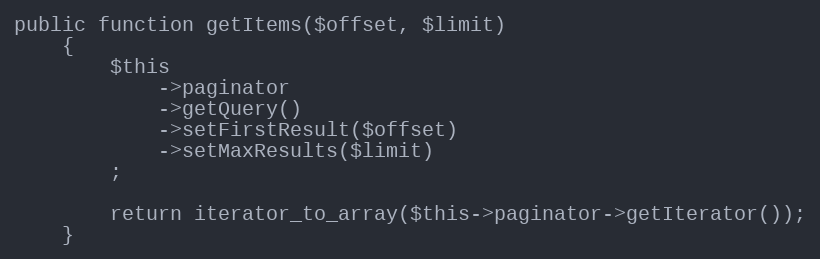
Language: PHP
public function getItems($offset, $limit)
    {
        $this
            ->paginator
            ->getQuery()
            ->setFirstResult($offset)
            ->setMaxResults($limit)
        ;

        return iterator_to_array($this->paginator->getIterator());
    }